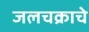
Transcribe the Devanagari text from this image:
जलचक्राचे